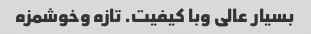
بسیار عالی وبا کیفیت. تازه وخوشمزه